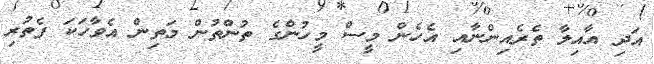
އަދި އާއިލާ ތެރެއިންނާއި އެހެން މީސް މީހުންގެ ތުންތުން މަތިން އެވާހަކަ ފެތުރި